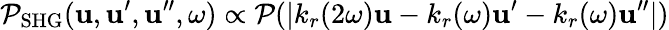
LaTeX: \mathcal{P}_{\mathrm{{SHG}}}(\boldsymbol{\mathbf{{u}}},\boldsymbol{\mathbf{{u}}}^{\prime},\boldsymbol{\mathbf{{u}}}^{\prime\prime},\omega)\propto\mathcal{{\mathcal{P}}}(|k_{r}(2\omega)\boldsymbol{\mathbf{{u}}}-k_{r}(\omega)\boldsymbol{\mathbf{{u}}}^{\prime}-k_{r}(\omega)\boldsymbol{\mathbf{{u}}}^{\prime\prime}|)